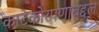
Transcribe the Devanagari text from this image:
काटेकोरपणाबद्दल